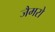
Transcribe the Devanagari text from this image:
जैमरो